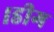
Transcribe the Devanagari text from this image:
।डीग